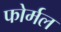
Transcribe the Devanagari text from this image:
फोर्मल